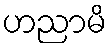
ဟညာမိ